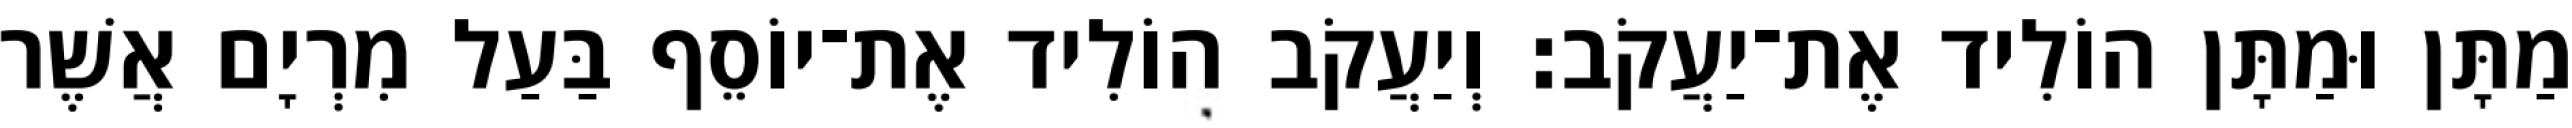
מַתָּן וּמַתָּן הוֹלִיד אֶת־יַעֲקֹב׃ וְיַעֲקֹב הוֹלִיד אֶת־יוֹסֵף בַּעַל מִרְיָם אֲשֶׁר